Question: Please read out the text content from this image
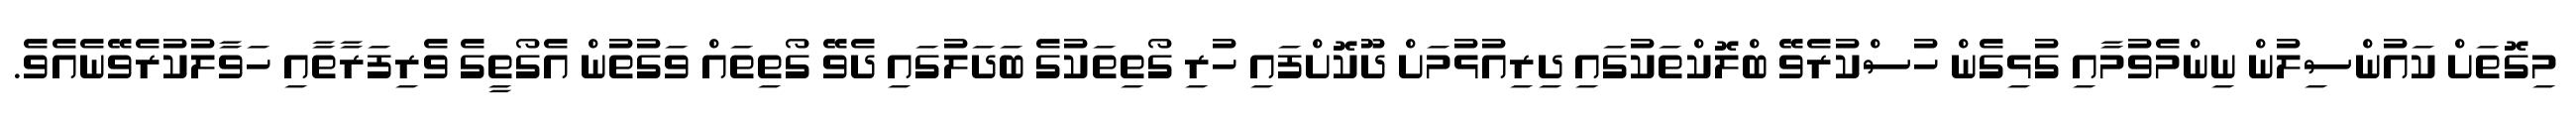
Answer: މިގޮތަށް ކައުންސިލުން ނިންމެވުމާއި ގުޅިގެން ހުސްކުރެވޭ ބްލޮކްތަކުގައި ދިރިއުޅުމަށް ދޫކޮށްފައި ހުރި ގޯތިތަކުގެ ބަދަލުގައި ދެވޭ ގޯތިތައް ވަގުތުން އެގޯތީގެ ވެރިފަރާތާއި ހަވާލުކުރެވޭނެއެވެ.